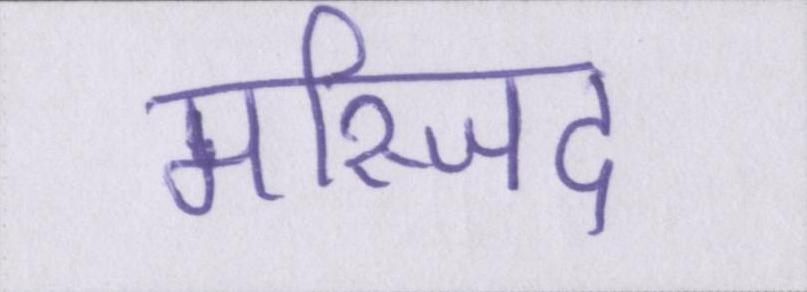
मस्जिद